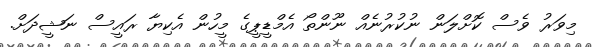
މިވަރު ވެސް ކޮށްލަން ނުކުރުނެއް ނޫންތޯ އެމްޑީޕީގެ މީހުން އެކިޔާ ރައީސް ނަޝީދަށް.